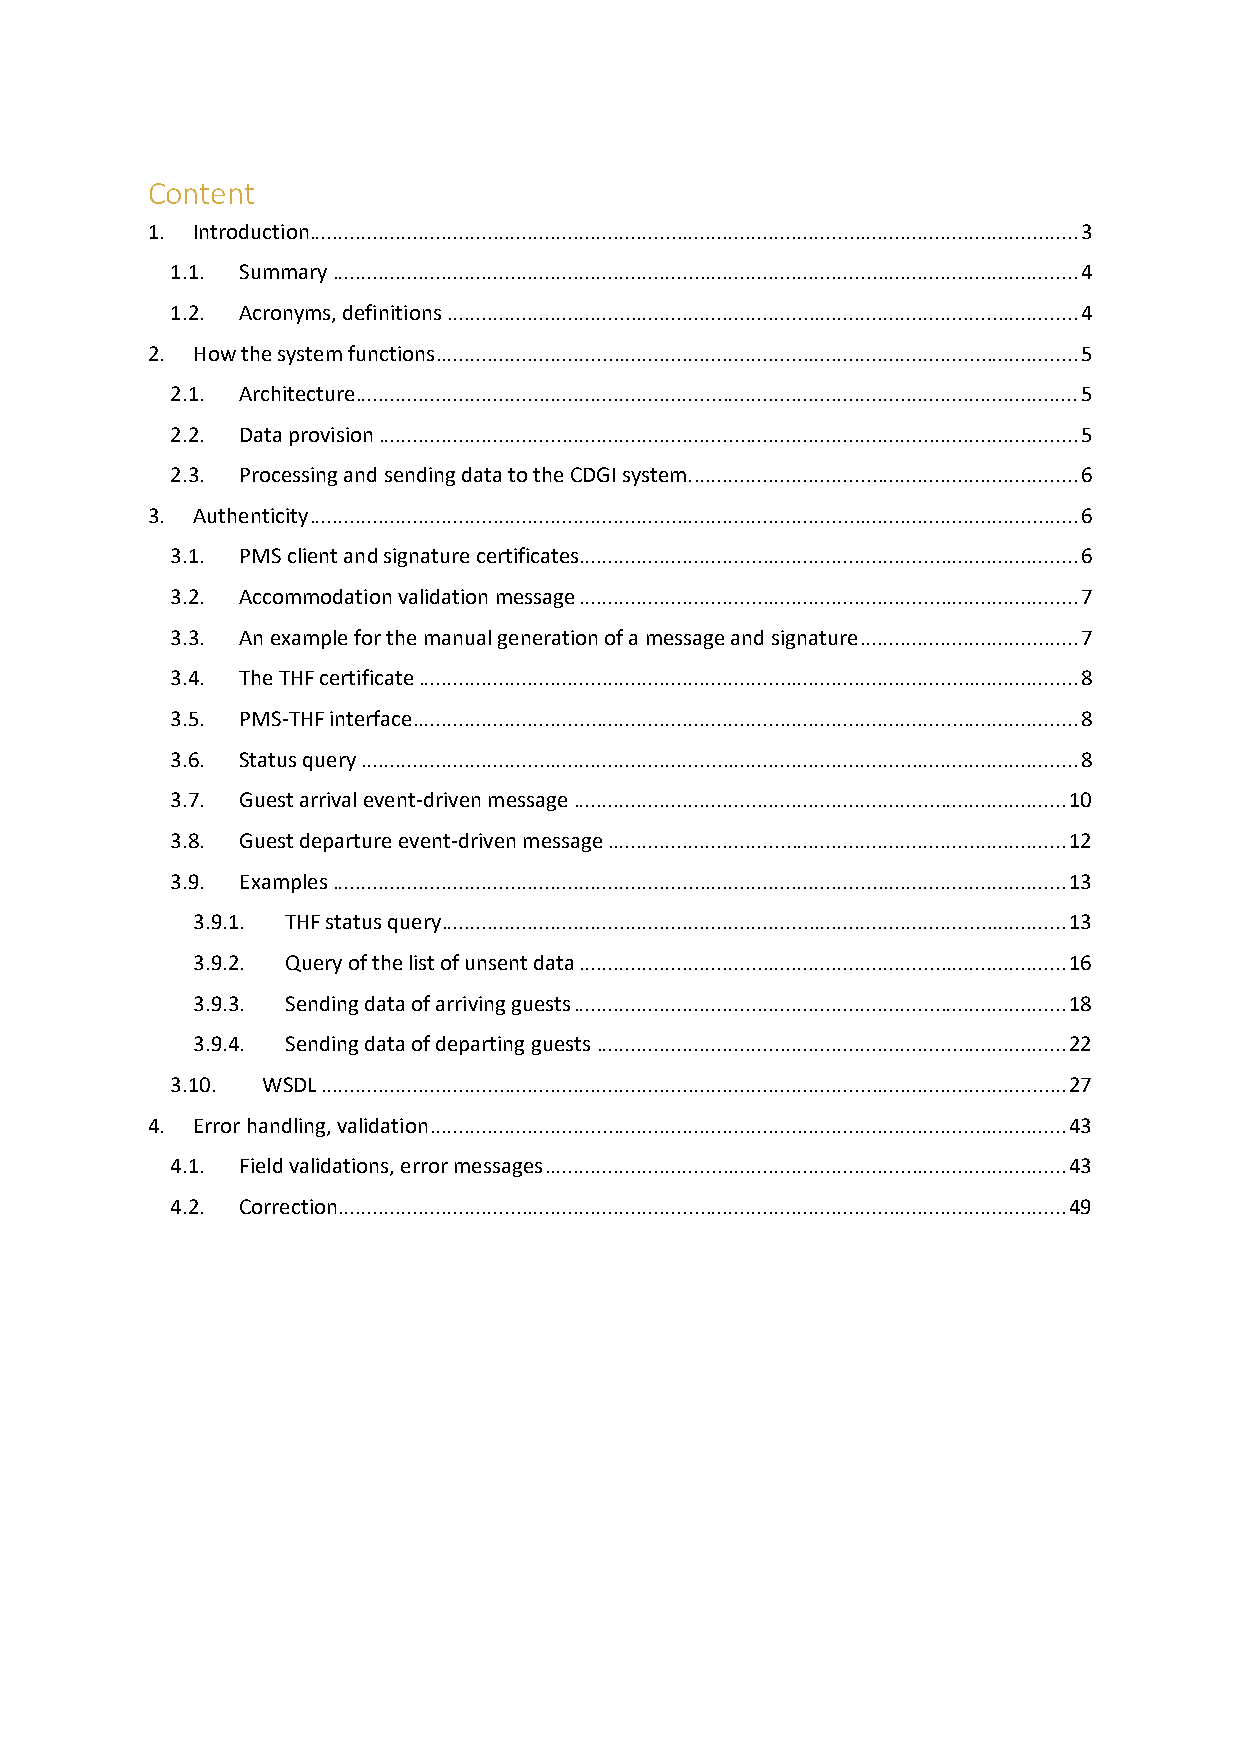
Content
 1. Introduction...................................................................................................................................... 3
 1.1. Summary .................................................................................................................................. 4
 1.2. Acronyms, definitions .............................................................................................................. 4
 2. How the system functions ................................................................................................................ 5
 2.1. Architecture.............................................................................................................................. 5
 2.2. Data provision .......................................................................................................................... 5
 2.3. Processing and sending data to the CDGI system. ................................................................... 6
 3. Authenticity ...................................................................................................................................... 6
 3.1. PMS client and signature certificates ....................................................................................... 6
 3.2. Accommodation validation message ....................................................................................... 7
 3.3. An example for the manual generation of a message and signature ...................................... 7
 3.4. The THF certificate ................................................................................................................... 8
 3.5. PMS-THF interface.................................................................................................................... 8
 3.6. Status query ............................................................................................................................. 8
 3.7. Guest arrival event-driven message ...................................................................................... 10
 3.8. Guest departure event-driven message ................................................................................ 12
 3.9. Examples ................................................................................................................................ 13
 3.9.1. THF status query............................................................................................................. 13
 3.9.2. Query of the list of unsent data ..................................................................................... 16
 3.9.3. Sending data of arriving guests ...................................................................................... 18
 3.9.4. Sending data of departing guests .................................................................................. 22
 3.10. WSDL .................................................................................................................................. 27
 4. Error handling, validation ............................................................................................................... 43
 4.1. Field validations, error messages ........................................................................................... 43
 4.2. Correction ............................................................................................................................... 49